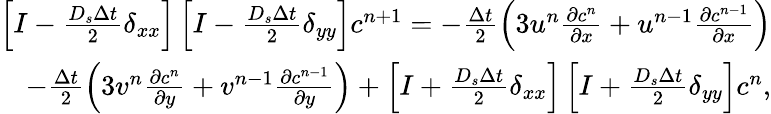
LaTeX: \begin{array}{r}{\left[I-\frac{D_{s}\Delta t}{2}\delta_{xx}\right]\left[I-\frac{D_{s}\Delta t}{2}\delta_{yy}\right]c^{n+1}=-\frac{\Delta t}{2}\left(3u^{n}\frac{\partial c^{n}}{\partial x}+u^{n-1}\frac{\partial c^{n-1}}{\partial x}\right)}\\ {-\frac{\Delta t}{2}\left(3v^{n}\frac{\partial c^{n}}{\partial y}+v^{n-1}\frac{\partial c^{n-1}}{\partial y}\right)+\left[I+\frac{D_{s}\Delta t}{2}\delta_{xx}\right]\left[I+\frac{D_{s}\Delta t}{2}\delta_{yy}\right]c^{n},}\end{array}